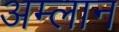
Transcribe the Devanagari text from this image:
अम्लान